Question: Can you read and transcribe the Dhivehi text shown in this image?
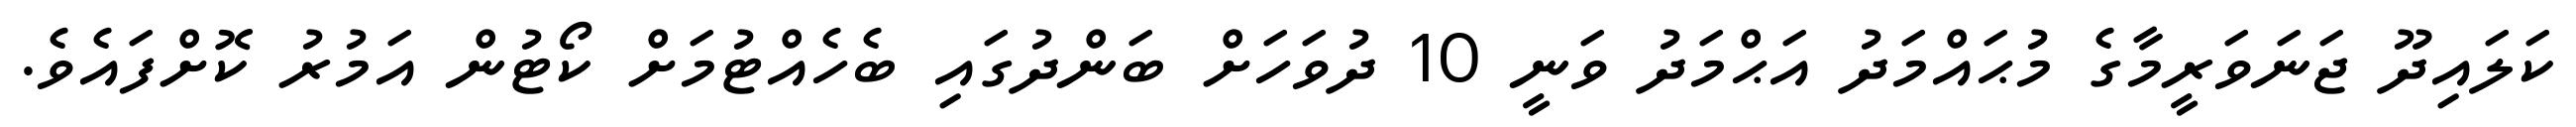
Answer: ކަލައިދޫ ޖަނަވަރީމާގެ މުޙައްމަދު އަޙްމަދު ވަނީ 10 ދުވަހަށް ބަންދުގައި ބެހެއްޓުމަށް ކޯޓުން އަމުރު ކޮށްފައެވެ.